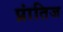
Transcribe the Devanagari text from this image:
प्रांतिज